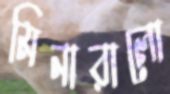
মিনারালো